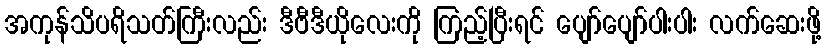
အကုန်သိပရိသတ်ကြီးလည်း ဒီဗီဒီယိုလေးကို ကြည့်ပြီးရင် ပျော်ပျော်ပါးပါး လက်ဆေးဖို့